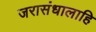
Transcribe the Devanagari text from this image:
जरासंधालाहि